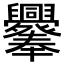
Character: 𦧁